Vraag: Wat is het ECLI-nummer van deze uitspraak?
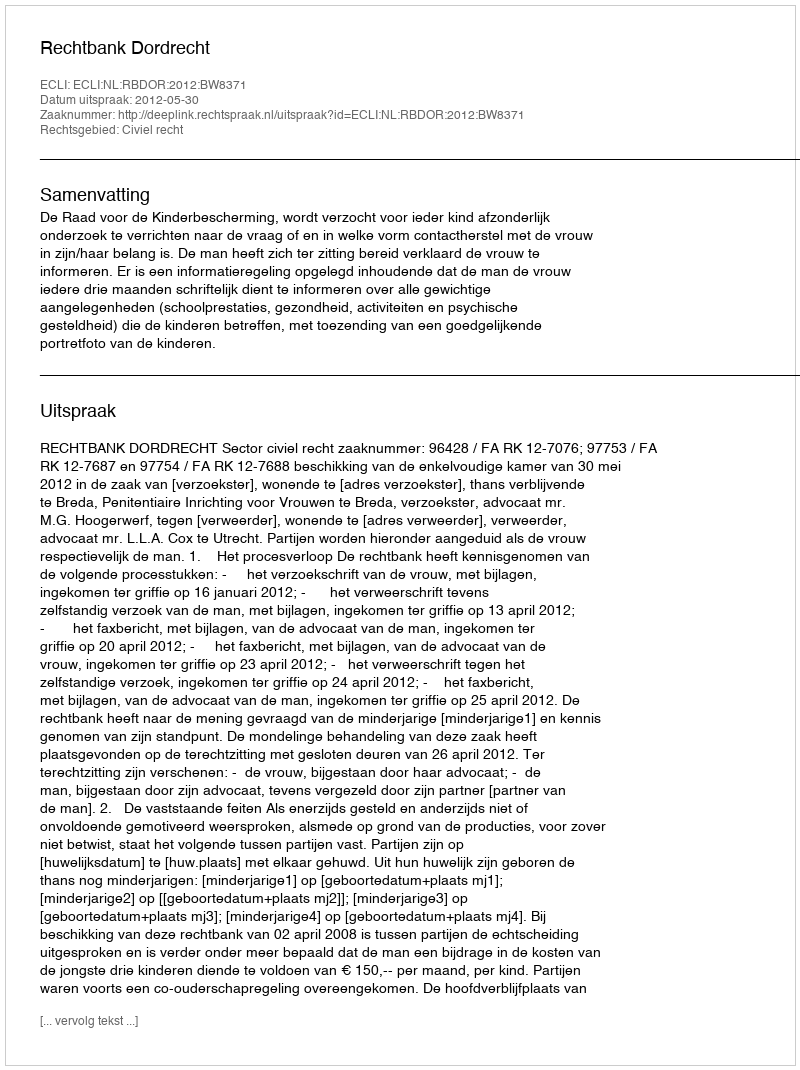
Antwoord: ECLI:NL:RBDOR:2012:BW8371